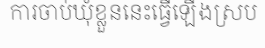
ការចាប់ឃុំខ្លួននេះធ្វើឡើងស្រប